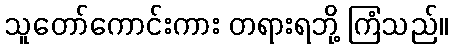
သူတော်ကောင်းကား တရားရဘို့ ကြံသည်။